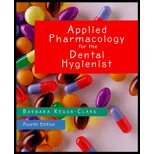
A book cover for Applied Pharmacology for the Dental Hygienist (4th, 00) by PharmD, Barbara Requa-Clark [Paperback (2000)]; PharmD; Medical Books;